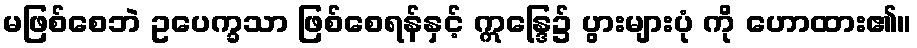
မဖြစ်စေဘဲ ဥပေက္ခသာ ဖြစ်စေရန်နှင့် ဣန္ဒြေ၌ ပွားများပုံ ကို ဟောထား၏။